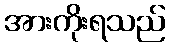
အားကိုးရသည်